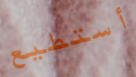
أستطيع